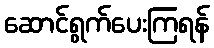
ဆောင်ရွက်ပေးကြရန်